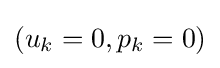
(u_{k}=0,p_{k}=0)